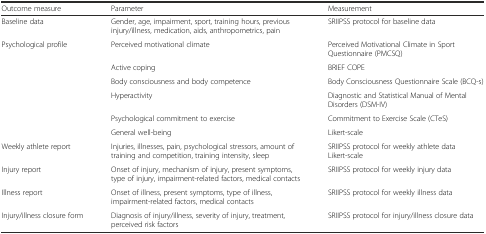
<table><thead><tr><td><b>Outcome measure</b></td><td><b>Parameter</b></td><td><b>Measurement</b></td></tr></thead><tbody><tr><td>Baseline data</td><td>Gender, age, impairment, sport, training hours, previous injury/illness, medication, aids, anthropometrics, pain</td><td>SRIIPSS protocol for baseline data</td></tr><tr><td rowspan="6">Psychological profile</td><td>Perceived motivational climate</td><td>Perceived Motivational Climate in Sport Questionnaire (PMCSQ)</td></tr><tr><td>Active coping</td><td>BRIEF COPE</td></tr><tr><td>Body consciousness and body competence</td><td>Body Consciousness Questionnaire Scale (BCQ-s)</td></tr><tr><td>Hyperactivity</td><td>Diagnostic and Statistical Manual of Mental Disorders (DSM-IV)</td></tr><tr><td>Psychological commitment to exercise</td><td>Commitment to Exercise Scale (CTeS)</td></tr><tr><td>General well-being</td><td>Likert-scale</td></tr><tr><td>Weekly athlete report</td><td>Injuries, illnesses, pain, psychological stressors, amount of training and competition, training intensity, sleep</td><td>SRIIPSS protocol for weekly athlete dataLikert-scale</td></tr><tr><td>Injury report</td><td>Onset of injury, mechanism of injury, present symptoms, type of injury, impairment-related factors, medical contacts</td><td>SRIIPSS protocol for weekly injury data</td></tr><tr><td>Illness report</td><td>Onset of illness, present symptoms, type of illness, impairment-related factors, medical contacts</td><td>SRIIPSS protocol for weekly illness data</td></tr><tr><td>Injury/illness closure form</td><td>Diagnosis of injury/illness, severity of injury, treatment, perceived risk factors</td><td>SRIIPSS protocol for injury/illness closure data</td></tr></tbody></table>